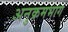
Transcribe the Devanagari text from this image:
अनुक्रमभाग